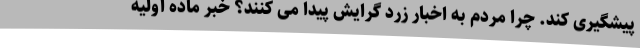
پیشگیری کند. چرا مردم به اخبار زرد گرایش پیدا می کنند؟ خبر ماده اولیه